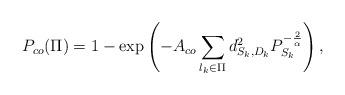
LaTeX: \begin{align*}P_{co}(\Pi)=1-\exp\left(-A_{co}\sum_{l_k \in \Pi} d_{S_k, D_k}^2 P_{S_k}^{-\frac{2}{\alpha}}\right), \end{align*}